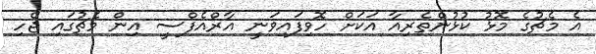
އެ މެޗުގެ މޮޅު ކުޅުންތެރިއާ އަކަށް ހޮވިފައިވަނީ އާރްއެފްސީ އިން މެޗުގައި ޖެހި